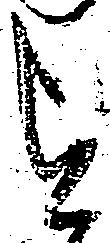
を